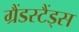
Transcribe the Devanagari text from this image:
ग्रैंडस्टैंड्स